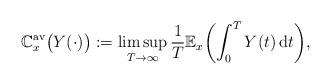
LaTeX: \begin{align*} \mathbb{C}_x^{\mathrm{av}}\bigl( Y(\cdot) \bigr):=\limsup_{T\to\infty} \frac{1}{T}\mathbb {E}_x\biggl(\int_0^T Y(t)\,\mathrm{d}t \biggr),\end{align*}